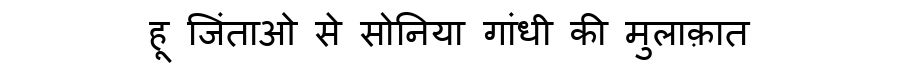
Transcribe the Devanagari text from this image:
हू जिंताओ से सोनिया गांधी की मुलाक़ात